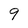
Character: 9